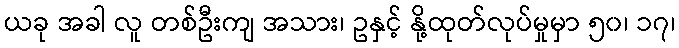
ယခု အခါ လူ တစ်ဦးကျ အသား၊ ဥနှင့် နို့ထုတ်လုပ်မှုမှာ ၅၀၊ ၁၇၊